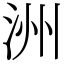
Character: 洲